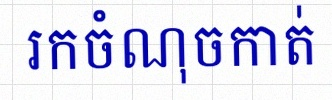
រកចំណុចកាត់